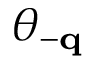
\theta _ { - \mathbf { q } }